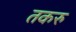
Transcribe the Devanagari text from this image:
तकरु